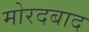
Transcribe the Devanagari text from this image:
मोरदबाद